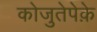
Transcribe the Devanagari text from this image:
कोजुतेपेक़े